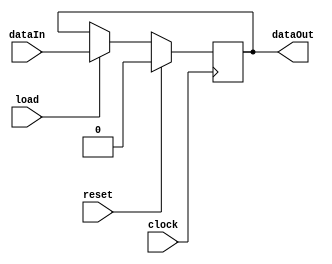
`timescale 1ns / 1ps
//////////////////////////////////////////////////////////////////////////////////
// Company: 
// Engineer: 
// 
// Design Name: 
// Module Name: register_master
// Project Name: 
// Target Devices: 
// Tool Versions: 
// Description: 
// 
// Dependencies: 
// 
// Revision:
// Revision 0.01 - File Created
// Additional Comments:
// 
//////////////////////////////////////////////////////////////////////////////////


module register_master(load, reset, clock, dataIn, dataOut);

    parameter size = 1;
    
    input load,reset,clock;
    input [size-1:0]dataIn;
    output reg[size-1:0]dataOut;
    
    initial
        begin
            dataOut = 0;
        end
    
    always@(negedge clock)
        begin
            if(reset)
                dataOut <= 0;
            else
                begin
                    if(load)
                        dataOut <= dataIn;
                    else
                        dataOut <= dataOut;
                end
        end
    
endmodule